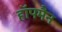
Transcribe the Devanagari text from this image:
हॉपमैन